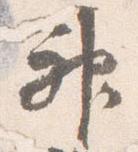
神